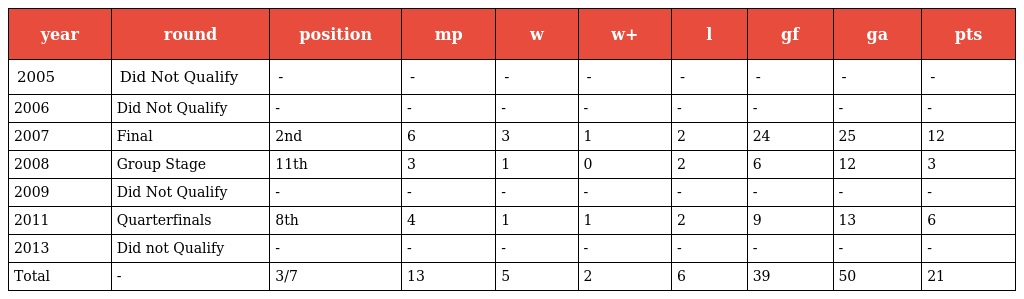
| year | round | position | mp | w | w+ | l | gf | ga | pts |
 | --- | --- | --- | --- | --- | --- | --- | --- | --- | --- |
 | 2005 | Did Not Qualify | - | - | - | - | - | - | - | - |
 | 2006 | Did Not Qualify | - | - | - | - | - | - | - | - |
 | 2007 | Final | 2nd | 6 | 3 | 1 | 2 | 24 | 25 | 12 |
 | 2008 | Group Stage | 11th | 3 | 1 | 0 | 2 | 6 | 12 | 3 |
 | 2009 | Did Not Qualify | - | - | - | - | - | - | - | - |
 | 2011 | Quarterfinals | 8th | 4 | 1 | 1 | 2 | 9 | 13 | 6 |
 | 2013 | Did not Qualify | - | - | - | - | - | - | - | - |
 | Total | - | 3/7 | 13 | 5 | 2 | 6 | 39 | 50 | 21 |